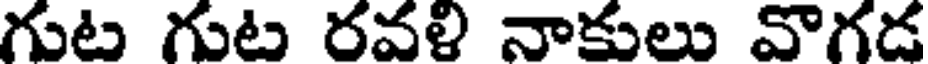
గుట గుట రవళి నాకులు వొగడ